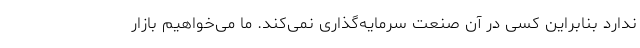
ندارد بنابراین کسی در آن صنعت سرمایه‌گذاری نمی‌کند. ما می‌خواهیم بازار